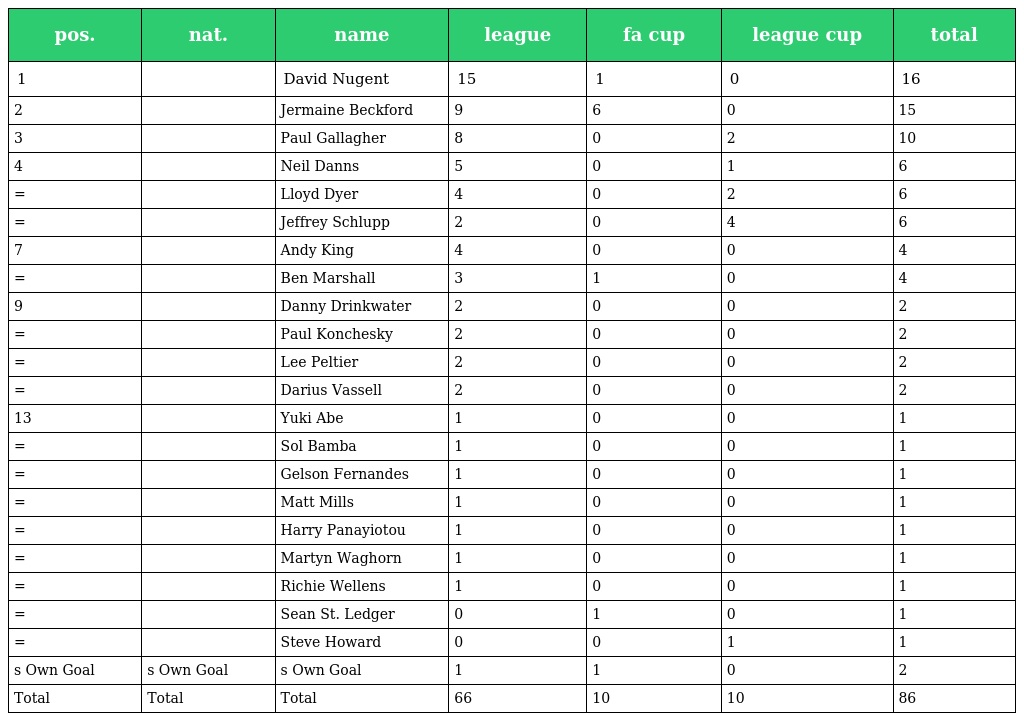
| pos. | nat. | name | league | fa cup | league cup | total |
 | --- | --- | --- | --- | --- | --- | --- |
 | 1 |  | David Nugent | 15 | 1 | 0 | 16 |
 | 2 |  | Jermaine Beckford | 9 | 6 | 0 | 15 |
 | 3 |  | Paul Gallagher | 8 | 0 | 2 | 10 |
 | 4 |  | Neil Danns | 5 | 0 | 1 | 6 |
 | = |  | Lloyd Dyer | 4 | 0 | 2 | 6 |
 | = |  | Jeffrey Schlupp | 2 | 0 | 4 | 6 |
 | 7 |  | Andy King | 4 | 0 | 0 | 4 |
 | = |  | Ben Marshall | 3 | 1 | 0 | 4 |
 | 9 |  | Danny Drinkwater | 2 | 0 | 0 | 2 |
 | = |  | Paul Konchesky | 2 | 0 | 0 | 2 |
 | = |  | Lee Peltier | 2 | 0 | 0 | 2 |
 | = |  | Darius Vassell | 2 | 0 | 0 | 2 |
 | 13 |  | Yuki Abe | 1 | 0 | 0 | 1 |
 | = |  | Sol Bamba | 1 | 0 | 0 | 1 |
 | = |  | Gelson Fernandes | 1 | 0 | 0 | 1 |
 | = |  | Matt Mills | 1 | 0 | 0 | 1 |
 | = |  | Harry Panayiotou | 1 | 0 | 0 | 1 |
 | = |  | Martyn Waghorn | 1 | 0 | 0 | 1 |
 | = |  | Richie Wellens | 1 | 0 | 0 | 1 |
 | = |  | Sean St. Ledger | 0 | 1 | 0 | 1 |
 | = |  | Steve Howard | 0 | 0 | 1 | 1 |
 | s Own Goal | s Own Goal | s Own Goal | 1 | 1 | 0 | 2 |
 | Total | Total | Total | 66 | 10 | 10 | 86 |